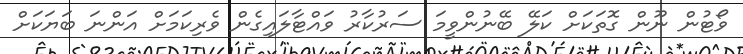
ވޯޓުން ނޫން ގޮތަކަށް ކަލޭ ބޭނުންވީމަ ސަރުކާރު ވައްޓާލައިގެން ވެރިކަމަށް އަންނަ ބަޔަކަށް